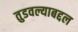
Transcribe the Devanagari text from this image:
तुडवल्याबद्दल